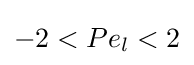
-2<Pe_{l}<2